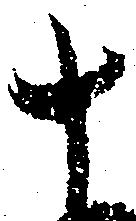
十